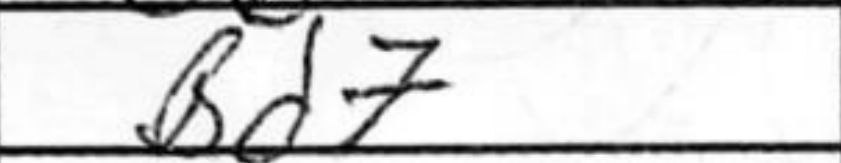
Transcription: Bd7